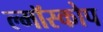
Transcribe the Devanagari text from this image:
ल्मॉस्कोप